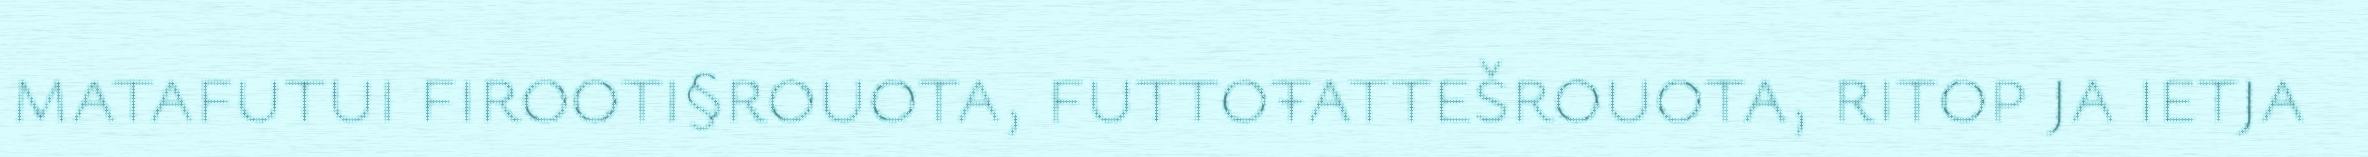
matafutui firooti§rouota, futtoŧattešrouota, ritop ja ietja